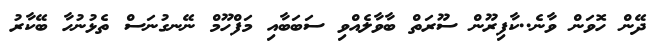
ދޭން ހޮވަން ވާނެ..ކާފިރޫން ސޫރަތް ބާވާލެއްވި ސަބަބާއި މަފްހޫމް ނޭނގުނަސް ތެޅުނުހާ ބޭކާރު